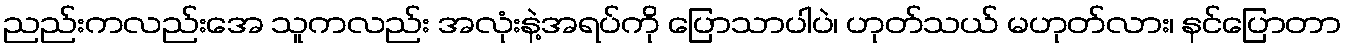
ညည်းကလည်းအေ သူကလည်း အလုံးနဲ့အရပ်ကို ပြောသာပါပဲ၊ ဟုတ်သယ် မဟုတ်လား၊ နင်ပြောတာ